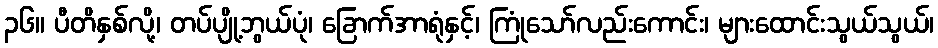
၃၆။ ပီတိနှစ်လို့၊ တပ်ပျို့ဘွယ်ပုံ၊ ခြောက်အာရုံနှင့်၊ ကြုံသော်လည်းကောင်း၊ များထောင်းသွယ်သွယ်၊